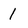
Character: 1